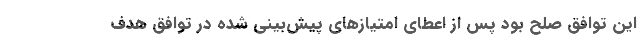
این توافق صلح بود پس از اعطای امتیاز‌های پیش‌بینی شده در توافق هدف